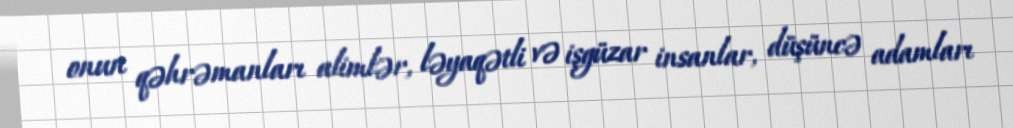
onun qəhrəmanları alimlər, ləyaqətli və işgüzar insanlar, düşüncə adamları